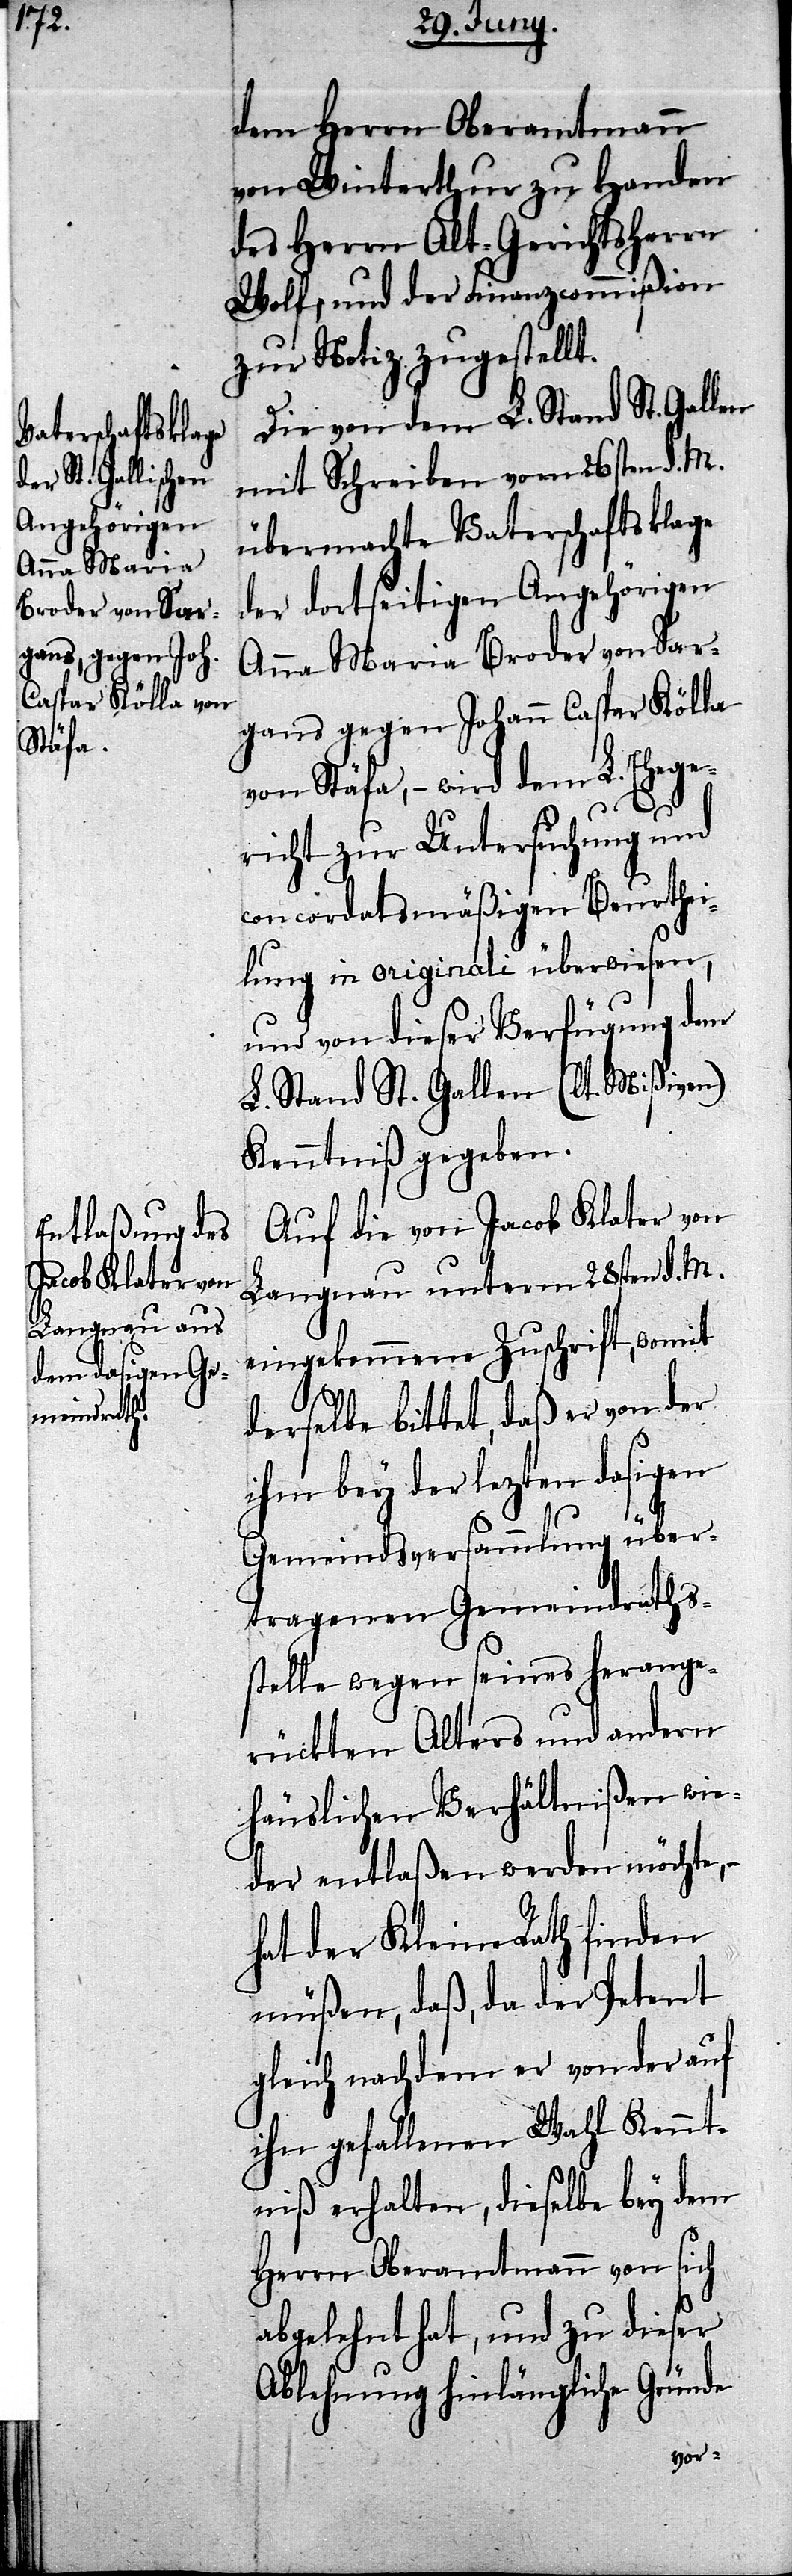
dem Herrn Oberamtmann
von Winterthur zu Handen
des Herrn Alt-Gerichtsherrn
Wolf, und der Finanzcommißion
zur Notiz zugestellt.
Die von dem L. Stand St. Gallen
mit Schreiben vom 26sten d. M.
übermachte Vaterschaftsklage
der dortseitigen Angehörigen
Anna Maria Broder von Sar¬
gans gegen Johann Caspar Kölla
von Stäfa, – wird dem L. Ehege¬
richt zur Untersuchung und
concordatsmäßigen Beurthei¬
lung in originali überwiesen,
und von dieser Verfügung dem
L. Stand St. Gallen (lt. Mißiven)
Kenntniß gegeben.
Auf die von Jacob Klater von
Langnau unterm 28sten d. M.
eingekommene Zuschrift, womit
derselbe bittet, daß er von der
ihm bey der lezten dasigen
Gemeindsversammlung über¬
tragenen Gemeindraths¬
stelle wegen seines herange¬
rückten Alters und andern
häuslichen Verhältnißen wie¬
der entlaßen werden möchte,
hat der Kleine Rath finden
müßen, daß, da der Petent
gleich nachdem er von der auf
ihn gefallenen Wahl Kennt¬
niß erhalten, dieselbe bey dem
Herrn Oberamtmann von sich
abgelehnt hat, und zu dieser
Ablehnung hinlängliche Gründe